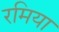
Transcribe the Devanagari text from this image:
रमिया